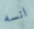
انسه